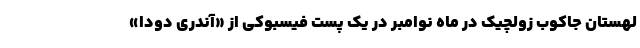
لهستان جاکوب زولچیک در ماه نوامبر در یک پست فیسبوکی از «آندری دودا»